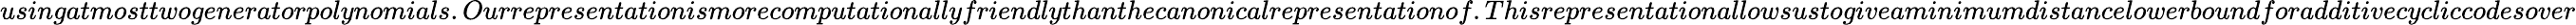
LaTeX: usingatmosttwogeneratorpolynomials.Ourrepresentationismorecomputationallyfriendlythanthecanonicalrepresentationof.Thisrepresentationallowsustogiveaminimumdistancelowerboundforadditivecycliccodesover